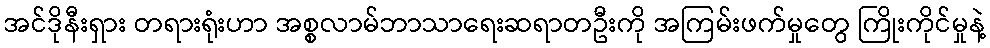
အင်ဒိုနီးရှား တရားရုံးဟာ အစ္စလာမ်ဘာသာရေးဆရာတဦးကို အကြမ်းဖက်မှုတွေ ကြိုးကိုင်မှုနဲ့